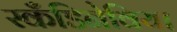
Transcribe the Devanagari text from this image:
स्कँडिनेविया